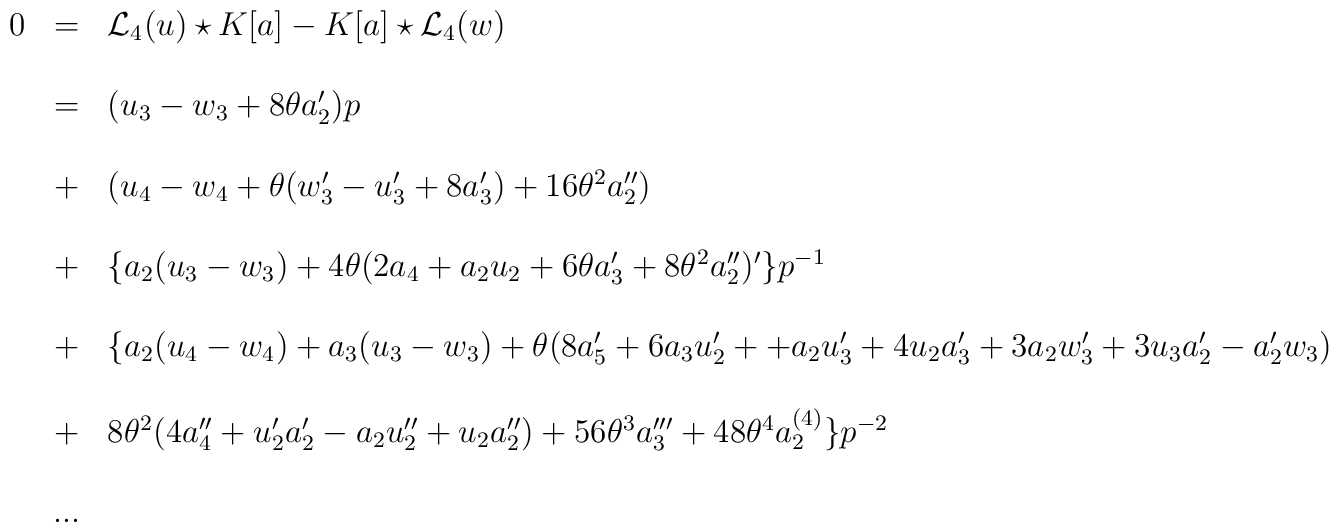
\begin{array}{lcl}0&=&{{\mathcal L}_{4}}(u)\star K[a]-K[a]\star {{\mathcal L}_{4}}(w)\\ \\&=& (u_{3}-w_{3}+8\theta a'_{2}) p \\ \\&+ & ( u_{4}-w_{4}+\theta ( w'_{3}-u'_{3}+8a'_{3}) +16\theta^{2}a''_{2})\\\\& +& \{ a_{2}(u_{3}-w_{3})+4\theta ( 2a_{4}+a_{2}u_{2}+6\theta a'_{3}+8{\theta}^{2}a''_{2})'\}p^{-1}\\\\& +& \{ a_{2}(u_{4}-w_{4})+ a_{3}(u_{3}-w_{3})+\theta ( 8a'_5+6a_{3}u'_2++a_{2}u'_{3}+4u_{2}a'_{3}+3a_{2}w'_3+3u_{3}a'_2-a'_{2}w_3)\\\\&+&8\theta^{2}(4a''_4+u'_{2}a'_2-a_{2}u''_2+u_{2}a''_2)+56\theta^{3}a'''_3+48\theta^{4}a^{(4)}_{2}\}p^{-2}\\\\&...&\end{array}